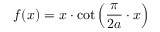
f ( x ) = x \cdot \cot \left( { \frac { \pi } { 2 a } } \cdot x \right)